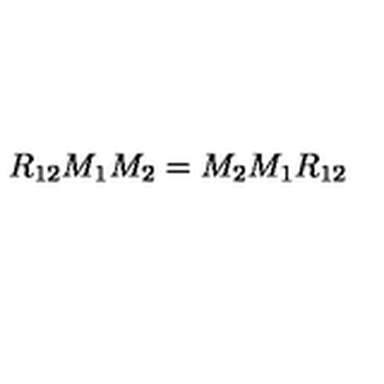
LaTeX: R _ { 1 2 } M _ { 1 } M _ { 2 } = M _ { 2 } M _ { 1 } R _ { 1 2 }